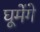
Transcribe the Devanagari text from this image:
घूमेंगे